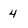
Character: 4